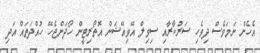
އެހެން ނަމަވެސް ދިވެހި ސަރުކާރާއި ސިވިލް އޭވިއޭޝަން އޮތޯރިޓީން ހޯދަންޖެހޭ ހުއްދަތައް އަދި